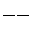
--